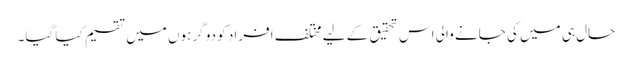
حال ہی میں کی جانے والی اس تحقیق کے لیے مختلف افراد کو دو گرہوں میں تقسیم کیا گیا۔